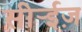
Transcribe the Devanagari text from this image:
सीर्‍ईज़